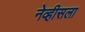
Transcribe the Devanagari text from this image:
नेव्हीसला